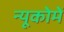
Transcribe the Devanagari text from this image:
न्यूकोमें